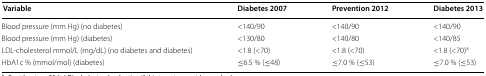
| Variable | Diabetes 2007 | Prevention 2012 | Diabetes 2013 |
 | --- | --- | --- | --- |
 | Blood pressure (mm Hg) (no diabetes) | <140/90 | <140/90 | <140/90 |
 | Blood pressure (mm Hg) (diabetes) | <130/80 | <140/80 | <140/85 |
 | LDL-cholesterol mmol/L (mg/dL) (no diabetes and diabetes) | <1.8 (<70) | <1.8 (<70) | <1.8 (<70)a |
 | HbA1c % (mmol/mol) (diabetes) | ≤6.5 % (≤48) | ≤7.0 % (≤53) | ≤7.0 % (≤53) |